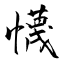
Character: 懱